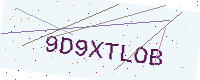
Text: 9D9XTLOB